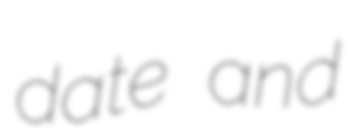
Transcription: date and